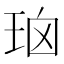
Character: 𰡹